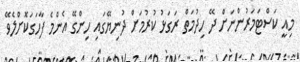
މިއީ ކަސްޓަމަރުންނަށް ދޭ ހިދުމަތް ރަގަޅު ކުރުމަށް ދުނިޔޭގައި ހިންގޭ އެންމެ ފާހަގަކޮށްލެވޭ